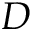
D